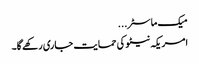
میک ماسٹر ...
امریکہ نیٹو کی حمایت جاری رکھے گا۔